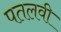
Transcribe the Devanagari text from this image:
पतलवी